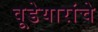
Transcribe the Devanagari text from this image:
वूडेयारांचे